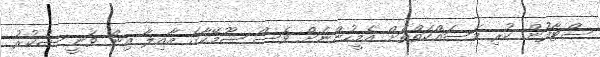
ސްޓާފުން ކުރި މަސައްކަތްތަށް އެމީހުންނަށް ވެސް ޝޫމޭކާގެ އާއިލާ އިން ވަނީ ޝުކުރު